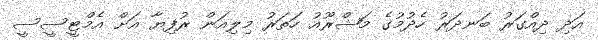
އަދި ދިއްގަރު ބަނދަރު ހެދުމުގެ މަޝްރޫއު ހަތަރު މިލިއަން ރުފިޔާ އަށް އެމްޓީސީސީ